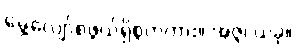
မွေ့လျော်စဖွယ်ရှိစွတကား။ အဇ္ဇ၊ ယခု။